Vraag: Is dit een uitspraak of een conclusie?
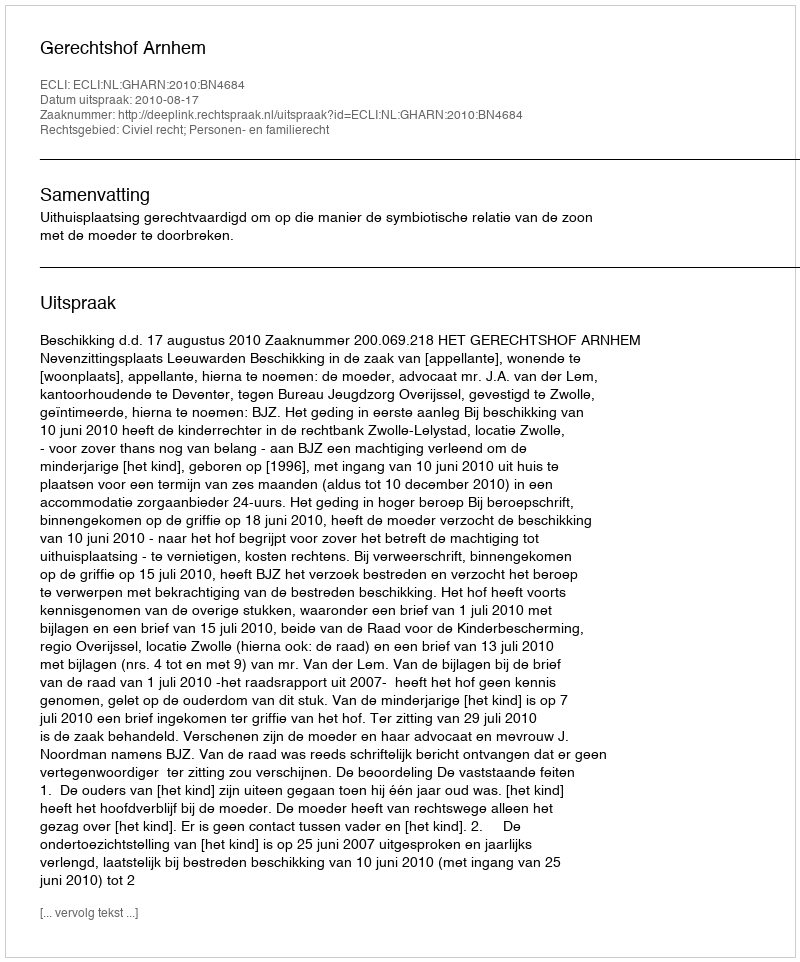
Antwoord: Uitspraak